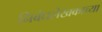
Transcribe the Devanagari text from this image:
निबंधलेखकाच्या